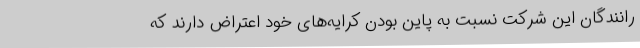
رانندگان این شرکت نسبت به پاین بودن کرایه‌های خود اعتراض دارند که